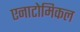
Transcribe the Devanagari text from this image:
एनाटोमिकल